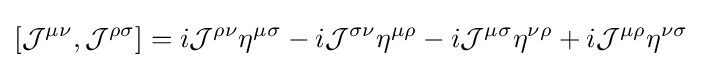
[{\mathcal {J}}^{\mu \nu },{\mathcal {J}}^{\rho \sigma }]=i{\mathcal {J}}^{\rho \nu }\eta ^{\mu \sigma }-i{\mathcal {J}}^{\sigma \nu }\eta ^{\mu \rho }-i{\mathcal {J}}^{\mu \sigma }\eta ^{\nu \rho }+i{\mathcal {J}}^{\mu \rho }\eta ^{\nu \sigma }